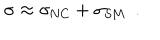
LaTeX: \sigma \approx \sigma _ { \mathrm { N C } } + \sigma _ { \mathrm { S M } } \, \, \, .